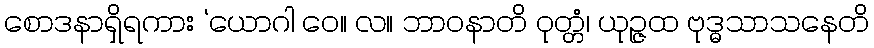
စောဒနာရှိရကား ‘ယောဂါ ဝေ။ လ။ ဘာဝနာတိ ဝုတ္တံ၊ ယုဉ္ဇထ ဗုဒ္ဓသာသနေတိ